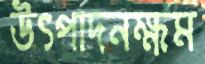
উৎপাদনক্ষম